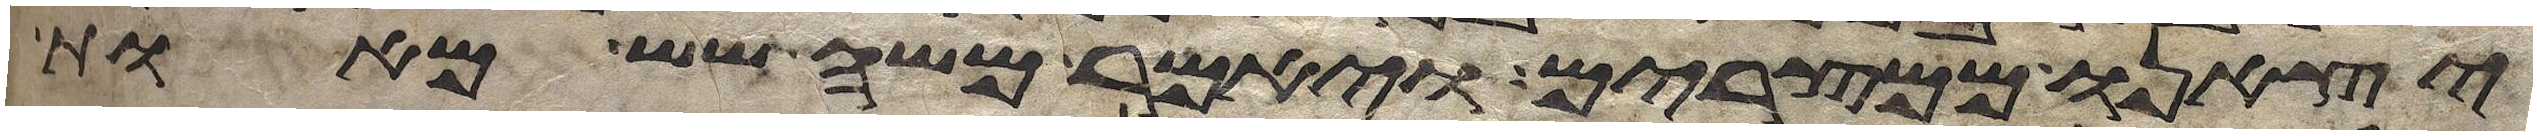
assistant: יצאנו ממצרים ויאמר משה שש מאות